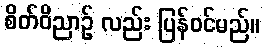
စိတ်ဝိညာဉ် လည်း ပြန်ဝင်မည်။